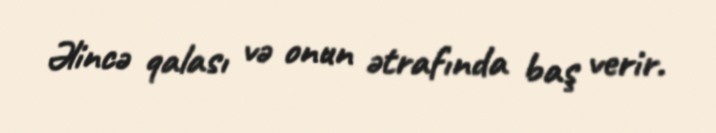
Əlincə qalası və onun ətrafında baş verir.